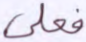
فعلى